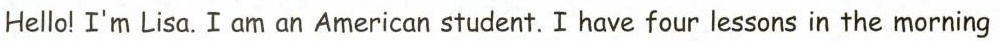
Hello! I'm Lisa. I am an American student.I have four lessons in the morning